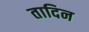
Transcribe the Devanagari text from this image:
तादिन